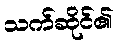
သက်ဆိုင်၏